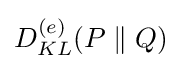
D_{KL}^{(e)}(P\parallel Q)